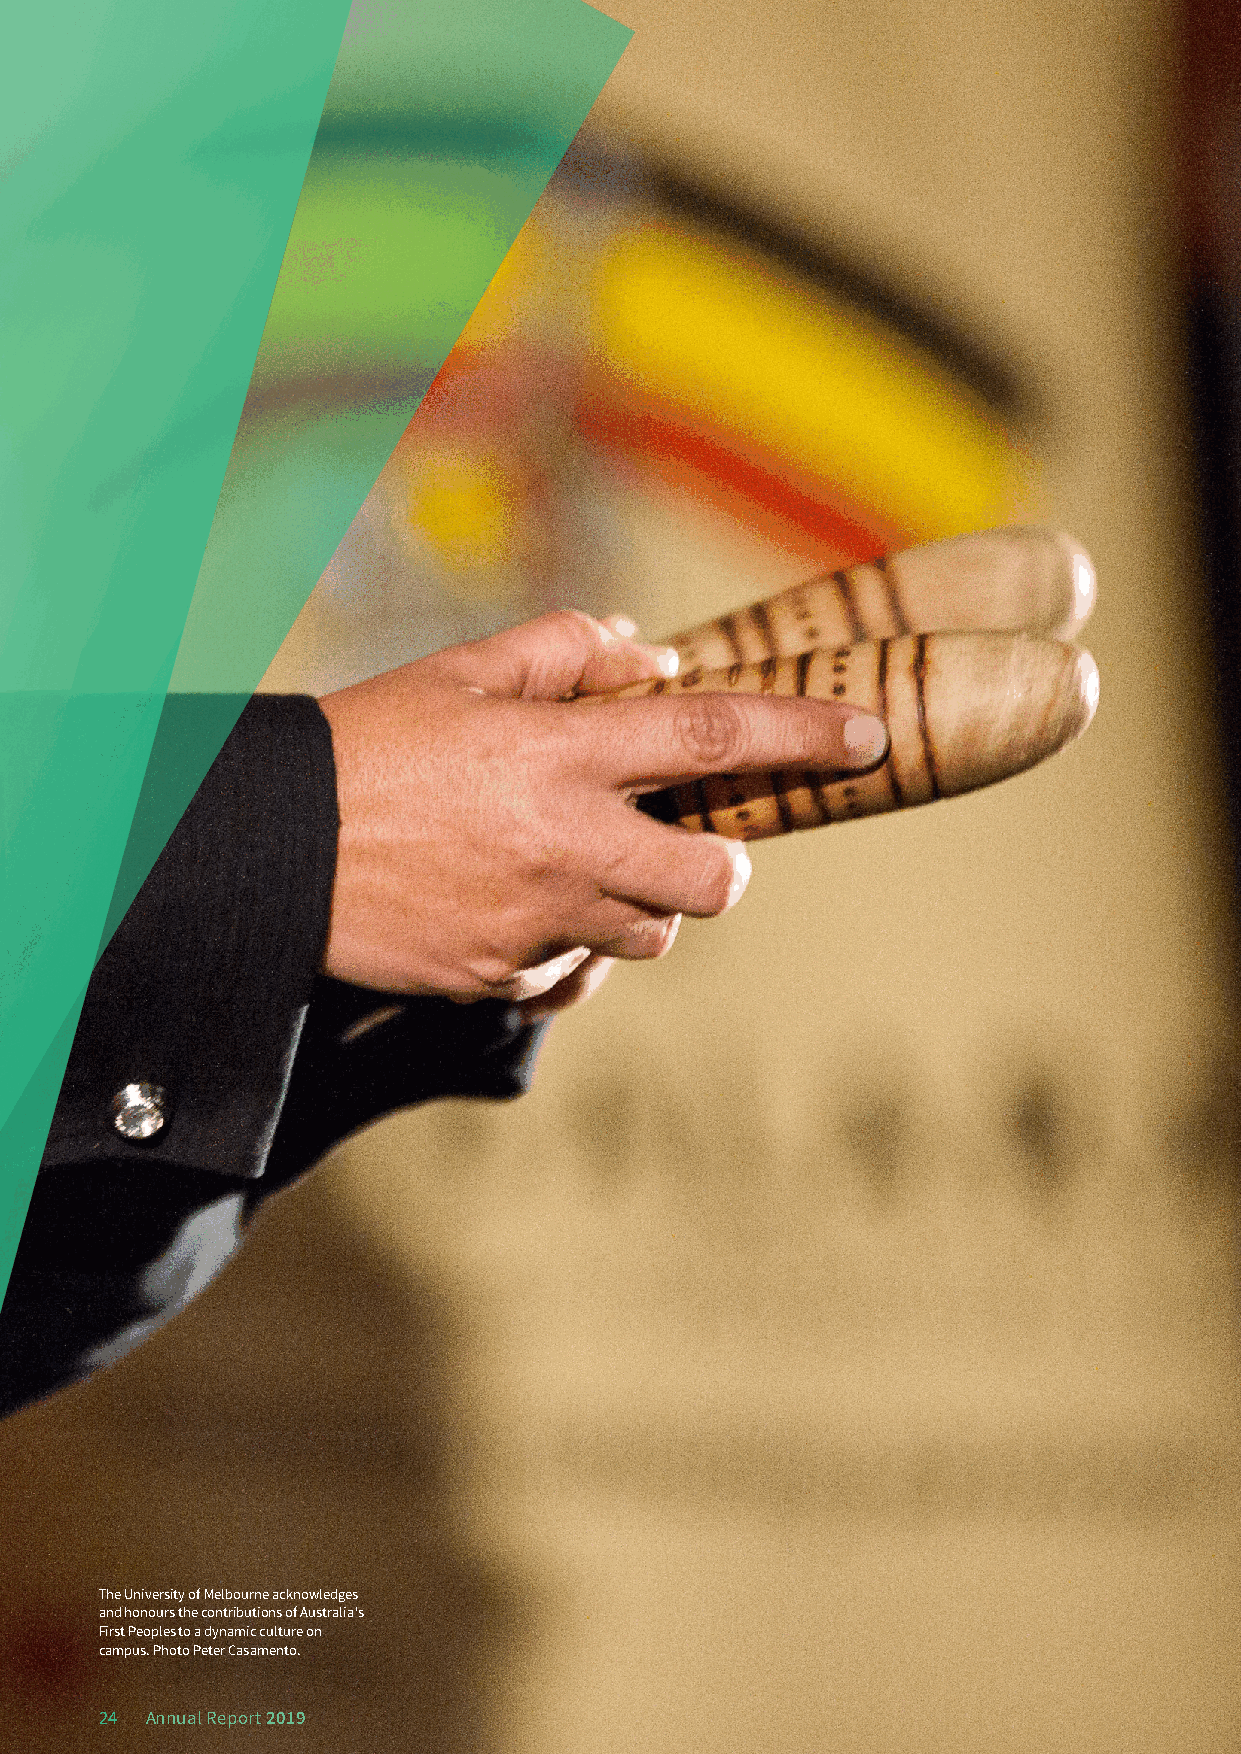
The University of Melbourne acknowledges
 and honours the contributions of Australia's
 First Peoples to a dynamic culture on
 campus. Photo Peter Casamento.
 24 Annual Report 2019